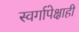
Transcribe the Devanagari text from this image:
स्वर्गापेक्षाही